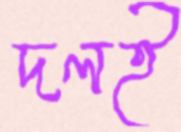
দলই